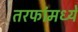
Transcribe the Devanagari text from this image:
तरफांमध्ये